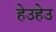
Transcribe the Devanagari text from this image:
हेउहेउ